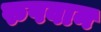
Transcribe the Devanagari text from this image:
रुपवान